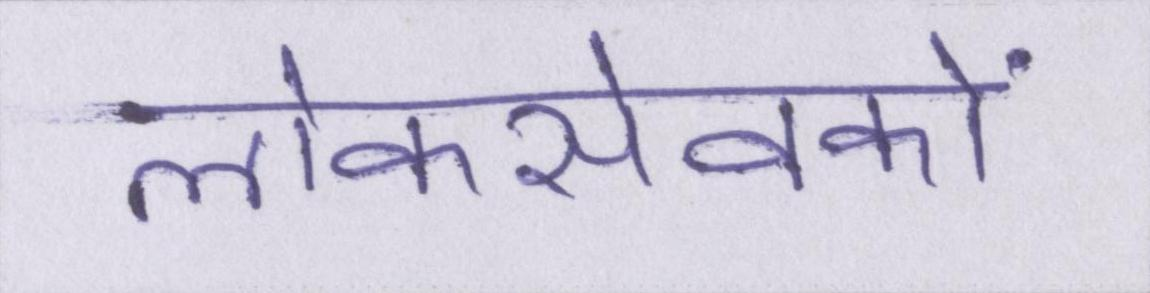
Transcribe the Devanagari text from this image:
लोकसेवकों